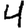
Digit: 4